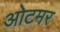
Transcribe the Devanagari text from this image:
ओटमर